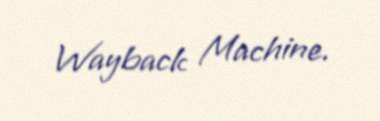
Wayback Machine.